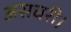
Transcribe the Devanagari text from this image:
असघरी।